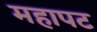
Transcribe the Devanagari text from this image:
महापट